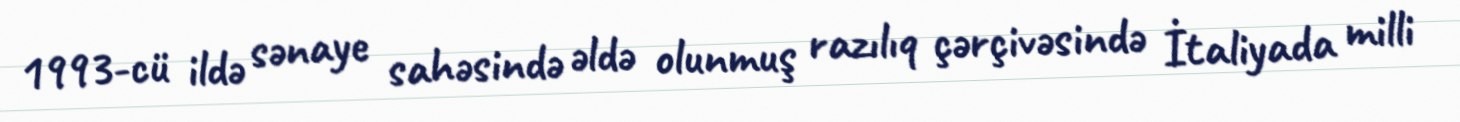
1993-cü ildə sənaye sahəsində əldə olunmuş razılıq çərçivəsində İtaliyada milli